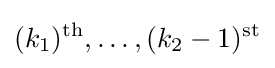
(k_{1})^{\text{th}},\ldots ,(k_{2}-1)^{\text{st}}